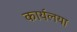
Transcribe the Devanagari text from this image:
कार्यलया